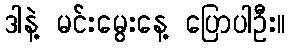
ဒါနဲ့ မင်းမွေးနေ့ ပြောပါဦး။